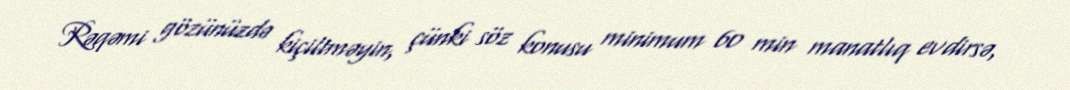
Rəqəmi gözünüzdə kiçiltməyin, çünki söz konusu minimum 60 min manatlıq evdirsə,